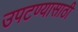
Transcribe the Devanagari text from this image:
उपटण्यासाठी